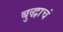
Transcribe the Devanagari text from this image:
बुद्धाचं